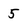
Character: 5